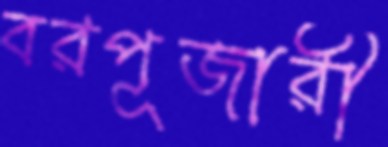
বরপূজারী